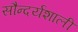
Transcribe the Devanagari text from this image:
सौन्दर्यशाली